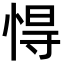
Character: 㥂